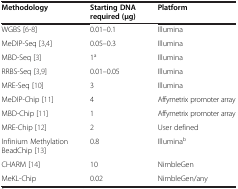
<table><thead><tr><td><b>Methodology</b></td><td><b>Starting DNA required (μg)</b></td><td><b>Platform</b></td></tr></thead><tbody><tr><td>WGBS[6-8]</td><td>0.01–0.1</td><td>Illumina</td></tr><tr><td>MeDIP-Seq[3,4]</td><td>0.05–0.3</td><td>Illumina</td></tr><tr><td>MBD-Seq[3]</td><td>1<sup>a</sup></td><td>Illumina</td></tr><tr><td>RRBS-Seq[3,9]</td><td>0.01–0.05</td><td>Illumina</td></tr><tr><td>MRE-Seq[10]</td><td>3</td><td>Illumina</td></tr><tr><td>MeDIP-Chip[11]</td><td>4</td><td>Affymetrix promoter array</td></tr><tr><td>MBD-Chip[11]</td><td>1</td><td>Affymetrix promoter array</td></tr><tr><td>MRE-Chip[12]</td><td>2</td><td>User defined</td></tr><tr><td>Infinium Methylation BeadChip[13]</td><td>0.8</td><td>Illumina<sup>b</sup></td></tr><tr><td>CHARM[14]</td><td>10</td><td>NimbleGen</td></tr><tr><td>MeKL-Chip</td><td>0.02</td><td>NimbleGen/any</td></tr></tbody></table>